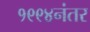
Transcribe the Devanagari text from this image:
१९९४नंतर